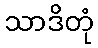
သာဒိတုံ